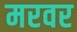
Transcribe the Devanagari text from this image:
मरवर